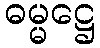
ဓမ္မဋ္ဌေ